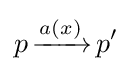
p\,{\xrightarrow {a(x)}}\,p'